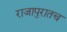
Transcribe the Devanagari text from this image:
राजापुरातच